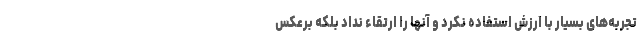
تجربه‌های بسیار با ارزش استفاده نکرد و آنها را ارتقاء نداد بلکه برعکس